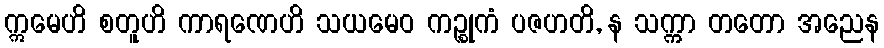
ဣမေဟိ စတူဟိ ကာရဏေဟိ သယမေဝ ကဉ္စုကံ ပဇဟတိ, န သက္ကာ တတော အညေန